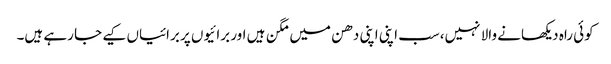
کوئی راہ دیکھانے والا نہیں،سب اپنی اپنی دھن میں مگن ہیں اور برائیوں پر برائیاں کیے جا رہے ہیں۔